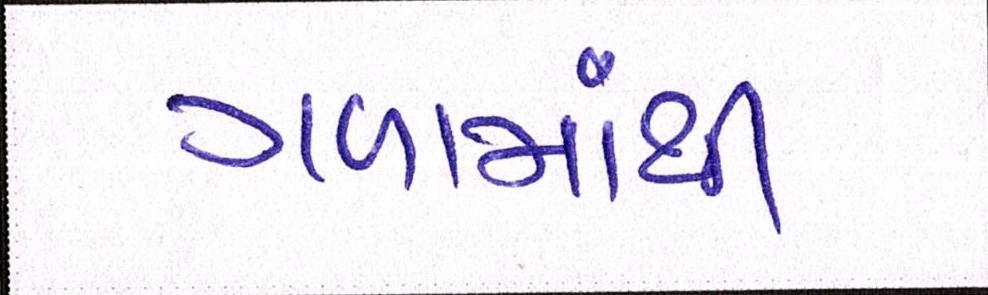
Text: ગળામાંથી